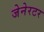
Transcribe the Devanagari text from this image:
जेनेरटर